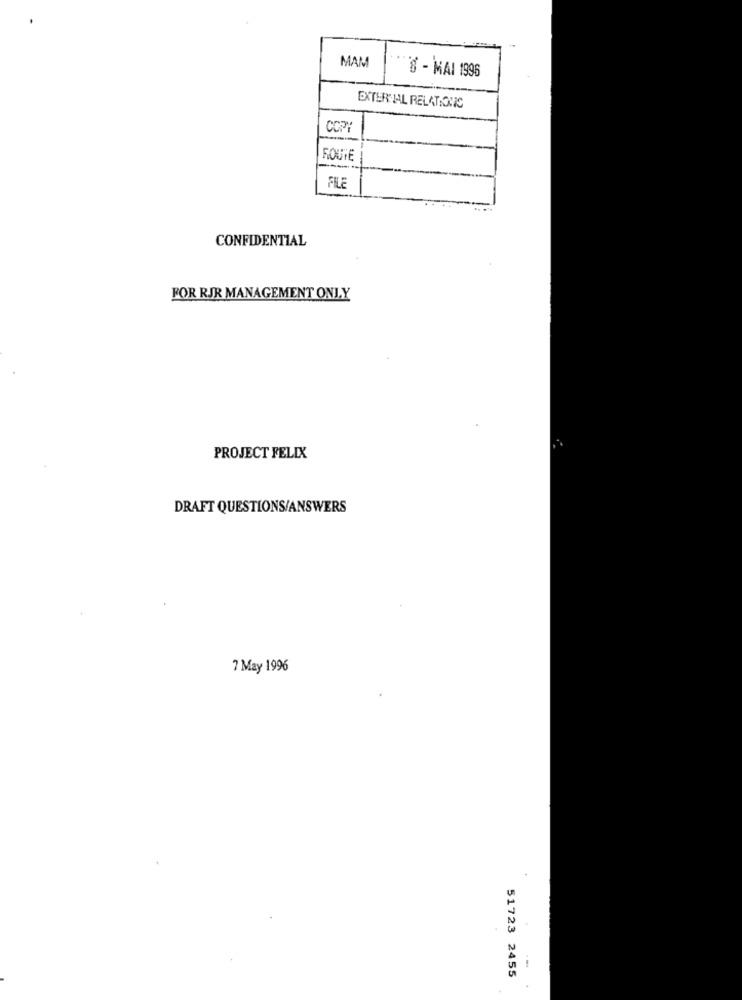
MAM
8 - MAI 1996
EXTERNAL RELATIONS
ROUTE
FILE
CONFIDENTIAL
FOR RJR MANAGEMENT ONLY
PROJECT FELIX
DRAFT QUESTIONS/ANSWERS
7 May 1996
1
51723 2455